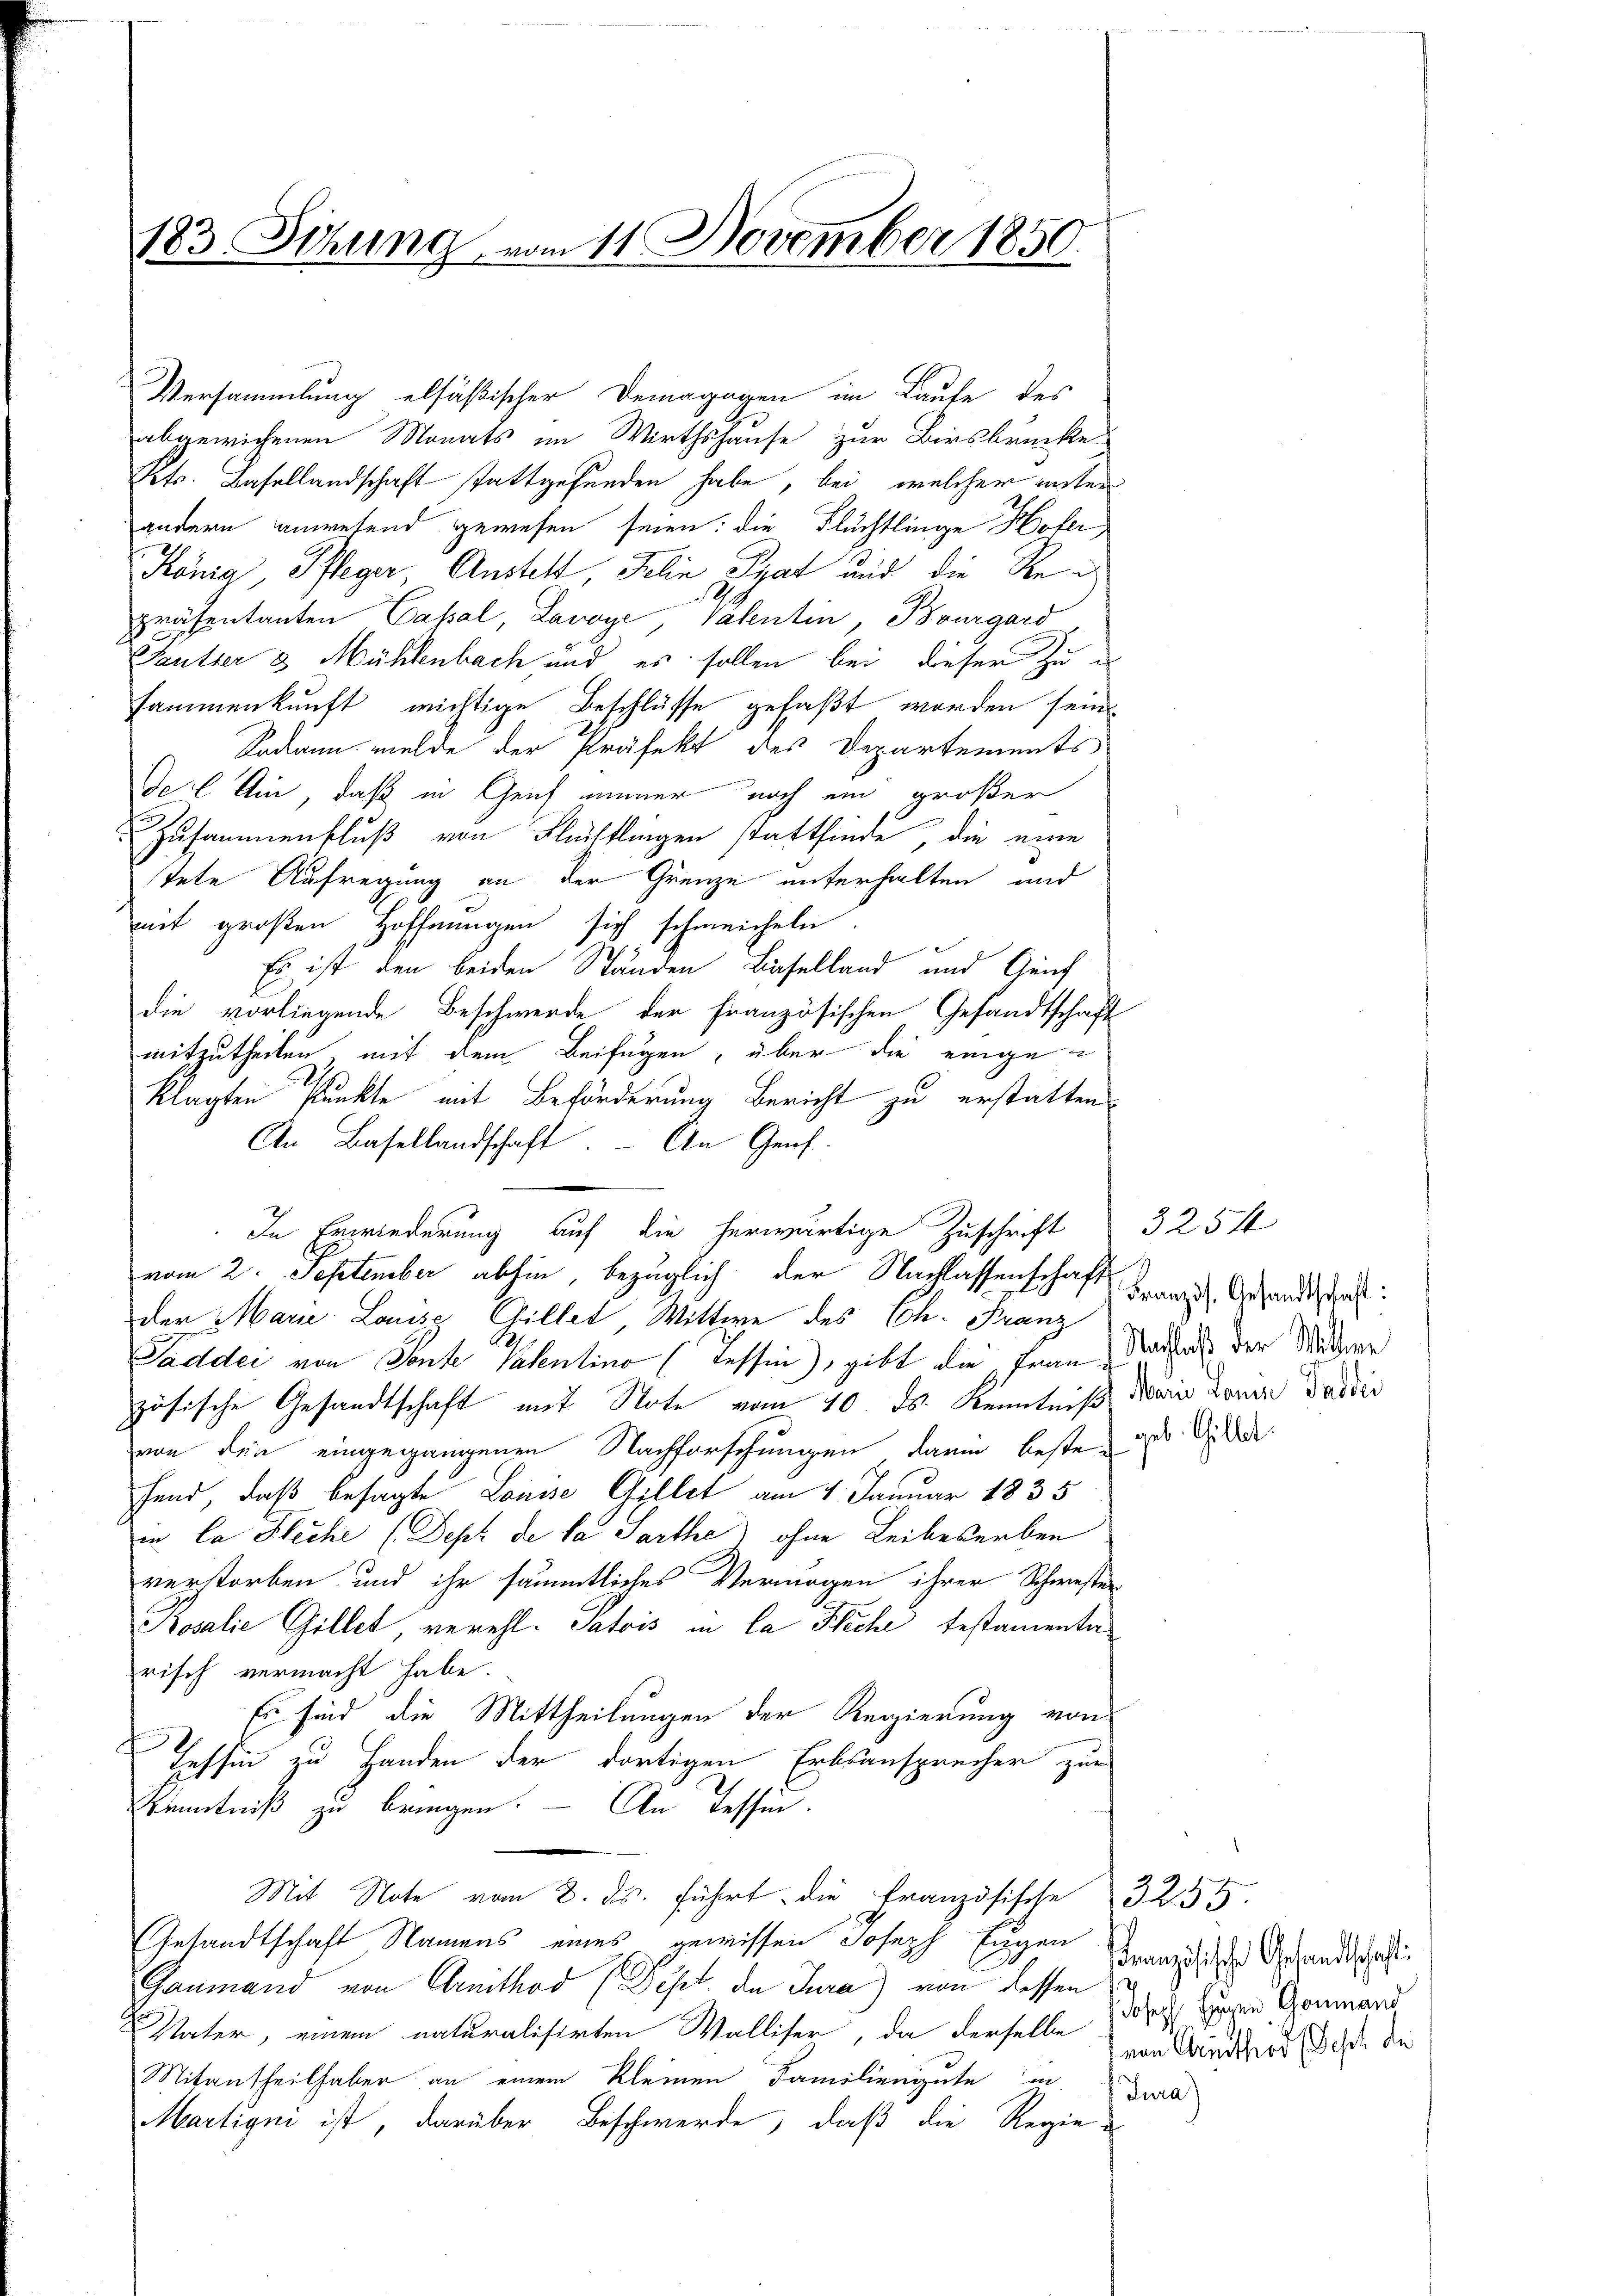
183. Sitzung vom 11. November 1850.

Versammlung elfäßischer Demagagen im Laufe des
abgewichenen Monats im Wirthshause zur Birsbruchte
Kts. Basellandschaft stattgefunden habe, bei, welcher unter
andern anwesend gewesen seien: die Flüchtlinge Hofer
König Pfleger, Ansteht, Jelin That und die Rei
präsentanten Cassal, Lavoye, Valentin, Bourgard
Seutter & Mühlenbach und es sollen bei dieser zu e
sammenkunft wichtige Beschlüsse gefaßt worden sein
Sodann melde der Präfekt des Departements
De l Ain, daß in Zeich immer noch ein größer
Zusammenfluß von Flüchtlingen stattfinde, die eine
tete Aufregung an der Grenze unterhalten, und
mit großen Hoffnungen sich schmeicheln
Es ist den beiden Ständen Lieselland und Genf
die vorliegende Beschwerde der Französischen Gesandtschaft
mitzutheilen, mit dem Beifügen, über die eingeklagten Punkte mit Beförderung Bericht zu erstatten.
An Basellandschaft. An Genf.
In Erwiederung auf die herwärtige Zuschrift
vom 2. September abhin, bezüglich der Nachlassenschaft
der Marie Louise Gillet Wittwe des Ch. Franz
Gaddei von Sonte Patentino (Tessin, gibt die fein Nachah der Widerr
zösische Gesandtschaft mit Note vom 10. ds. Kenntniß dein Loren Dardis
von den eingegangenen Nachforschungen darin beste de
fand, daß besagte Louise Gillet am 4. Januar 1835
in Ca Fleche (Dept de la Sarthe ohne Leibeserben
verstorben und ihr sämmtliches Vermögen ihrer Schwester
Rosalie Gillet verehl. Satois in la Fläche testamentarisch vermacht habe.
Es sind die Mittheilungen der Regierung von
Tessin zu Handen der dortigen Erbsansprecher zur
Kenntniß zu bringen. — An Tessin.
Mit Note vom 2. ds. führt die Französische 3255
Gesandtschaft Namens eines gewissen Joseph Eugen
Haumand von Arithod (Sept. de Jura) von dessen
Vater, einem naturalisirten Walliser, da derselbe Kindend daß die
Mitantheilhaber an einem kleinen Familiengute in
Martigni ist, darüber Beschwerde, daß die Regie-

3254
Französ. Gesandtschaft:

Französische Gesandtschaft
JJoseph Eugen Gommand

n

)